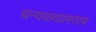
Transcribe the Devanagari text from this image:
धन्यवादप्रस्ताव